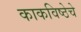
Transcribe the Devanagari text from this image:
काकविष्ठेचे